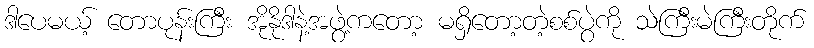
ဒါပေမယ့် တောပုန်းကြီး အိုနိုဒါနဲ့အဖွဲ့ကတော့ မရှိတော့တဲ့စစ်ပွဲကို သဲကြီးမဲကြီးတိုက်